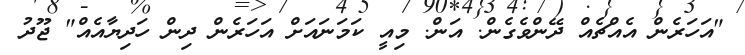
"އަހަރެން އެއްޗެއް ދޭންވެގެން. އަން. މިއީ ކަމަނައަށް އަހަރެން ދިން ހަދިޔާއެއް" ޖޫދު